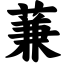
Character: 蒹